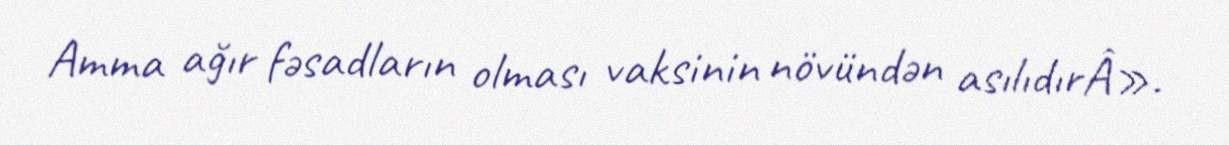
Amma ağır fəsadların olması vaksinin növündən asılıdırÂ».